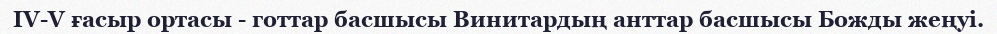
IV-V ғасыр ортасы - готтар басшысы Винитардың анттар басшысы Божды жеңуі.